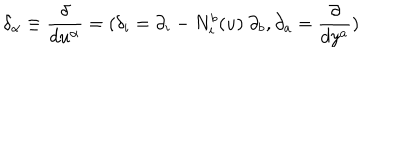
{ \delta } _ { \alpha } \equiv \frac { \delta } { d u ^ { \alpha } } = ( \delta _ { i } = \partial _ { i } - N _ { i } ^ { b } ( u ) \ \partial _ { b } , \partial _ { a } = \frac { \partial } { d y ^ { a } } )